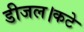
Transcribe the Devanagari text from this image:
डीजल।कटे